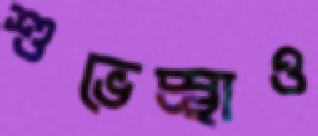
শুভেচ্ছাও